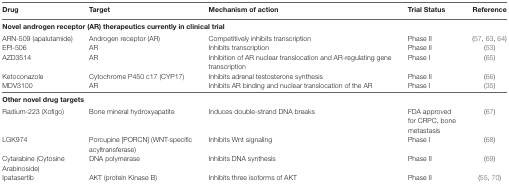
| Drug | Target | Mechanism of action | Trial Status | Reference |
 | --- | --- | --- | --- | --- |
 | <COLSPAN=5> Novel androgen receptor (AR) therapeutics currently in clinical trial |
 | ARN-509 (apalutamide) | Androgen receptor (AR) | Competitively inhibits transcription | Phase II | (57, 63, 64) |
 | EPI-506 | AR | Inhibits transcription | Phase II | (53) |
 | AZD3514 | AR | Inhibition of AR nuclear translocation and AR-regulating gene transcription | Phase I | (65) |
 | Ketoconazole | Cytochrome P450 c17 (CYP17) | Inhibits adrenal testosterone synthesis | Phase II | (66) |
 | MDV3100 | AR | Inhibits AR binding and nuclear translocation of the AR | Phase I | (35) |
 | <COLSPAN=5> Other novel drug targets |
 | Radium-223 (Xofigo) | Bone mineral hydroxyapatite | Induces double-strand DNA breaks | FDA approved for CRPC, bone metastasis | (67) |
 | LGK974 | Porcupine [PORCN] (WNT-specific acyltransferase) | Inhibits Wnt signaling | Phase I | (68) |
 | Cytarabine (Cytosine Arabinoside) | DNA polymerase | Inhibits DNA synthesis | Phase II | (69) |
 | Ipatasertib | AKT (protein Kinase B) | Inhibits three isoforms of AKT | Phase II | (55, 70) |